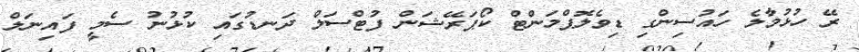
ރޭ ހުޅުމާލެ ހައުސިންގި ޑިވެލޮޕްމަންޓް ކޯޕަރޭޝަން ފުޓްސަލް ދަނޑުގައި ކުޅުނު ސެމީ ފައިނަލް